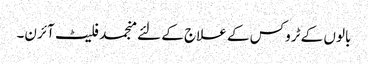
بالوں کے ٹروکس کے علاج کے لئے منجمد فلیٹ آئرن۔